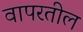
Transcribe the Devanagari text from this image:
वापरतील